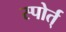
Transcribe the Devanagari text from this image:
स्पोर्त्